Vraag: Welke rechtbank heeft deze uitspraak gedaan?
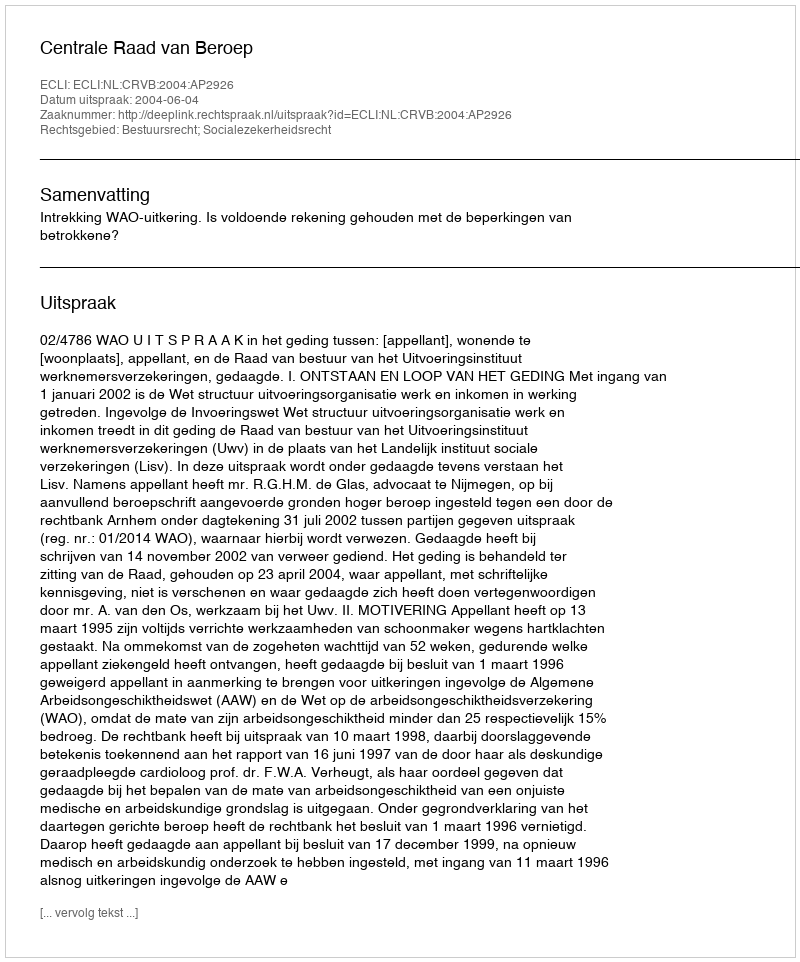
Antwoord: Centrale Raad van Beroep